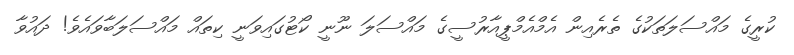
ކުރީގެ މައްސަލަތަކުގެ ތެރެއިން އެމްއެމްޕީއާރުސީގެ މައްސަލަ ނޫނީ ކޯޓުގައިވަނީ ކިތައް މައްސަލަބާވައެވެ! ދައުވާ